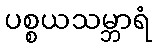
ပစ္စယသမ္ဘာရံ